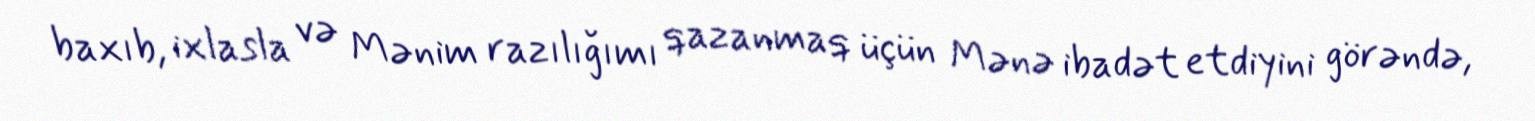
baxıb, ixlasla və Mənim razılığımı qazanmaq üçün Mənə ibadət etdiyini görəndə,